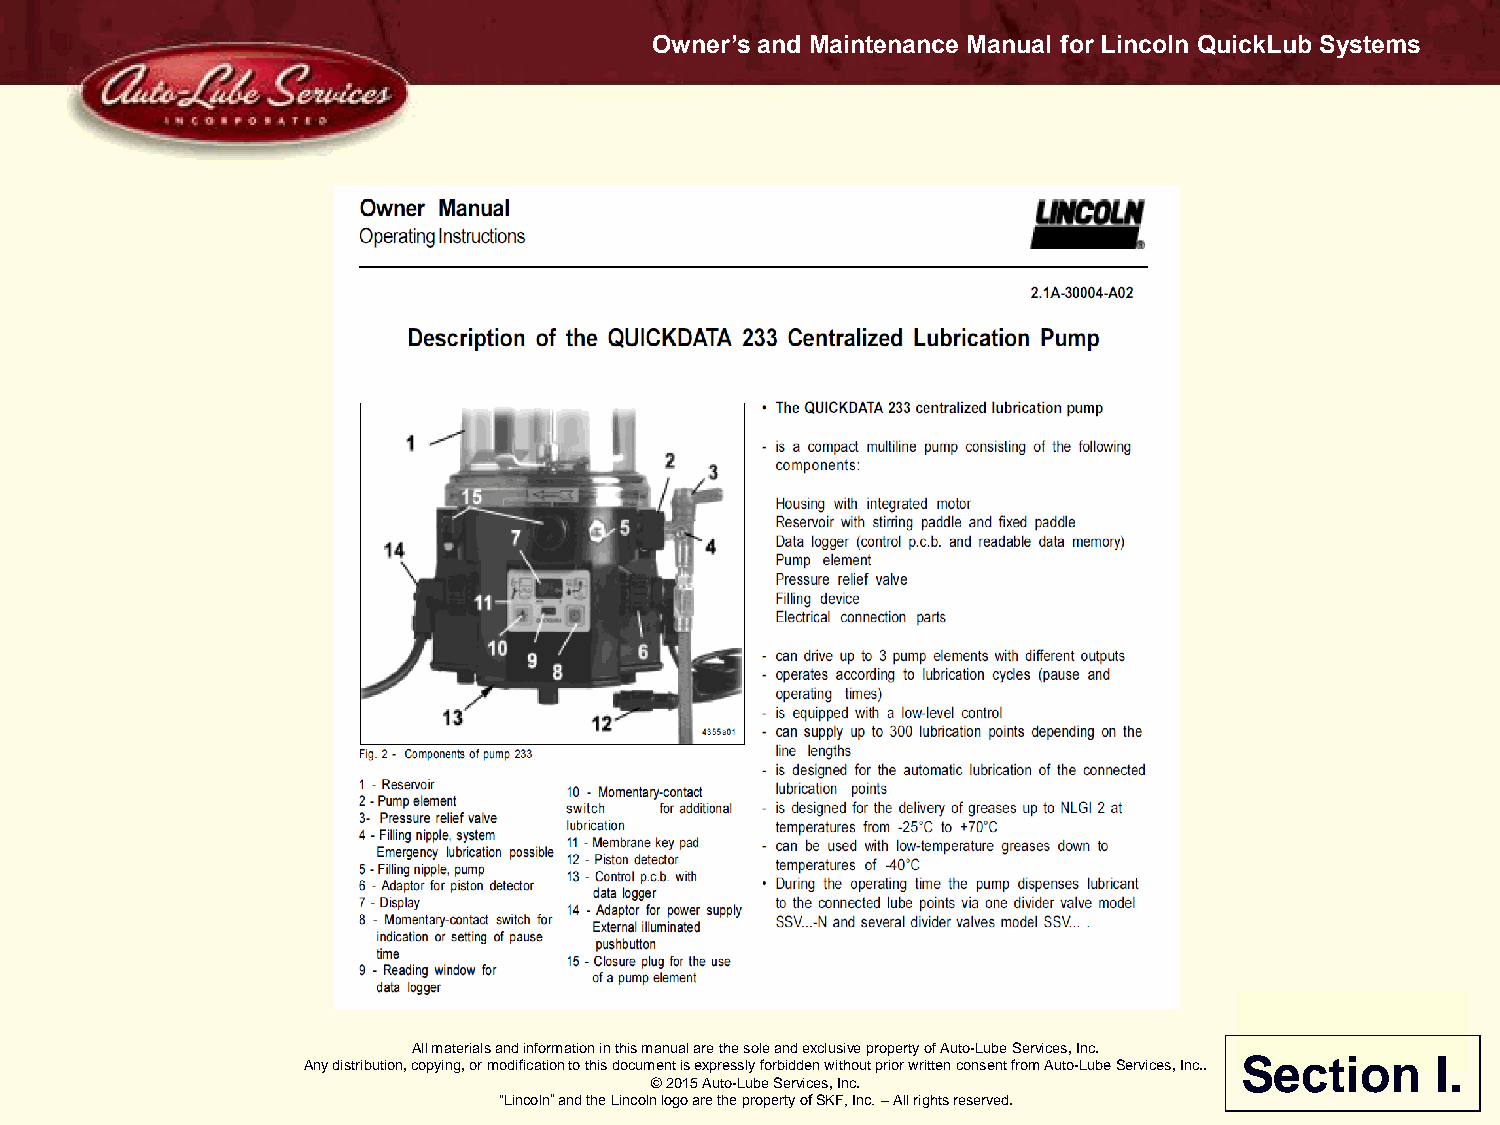
Owner’s and Maintenance Manual for Lincoln QuickLub Systems
 All materials and information in this manual are the sole and exclusive property of Auto-Lube Services, Inc.
 Section      I.
 Any distribution, copying, or modification to this document is expressly forbidden without prior written consent from Auto-Lube Services, Inc..
 © 2015 Auto-Lube Services, Inc.
 “Lincoln” and the Lincoln logo are the property of SKF, Inc. – All rights reserved.